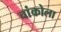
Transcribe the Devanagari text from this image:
चांकोला